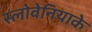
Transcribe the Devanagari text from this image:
स्लोवेनियाके